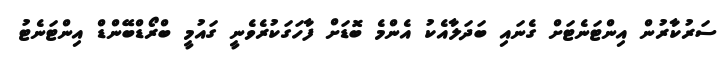
ސަރުކާރުން އިންޓަނެޓަށް ގެނައި ބަދަލާއެކު އެންމެ ބޮޑަށް ފާހަގަކުރެވެނީ ގައުމީ ބްރޯޑްބޭންޑް އިންޓަނެޓު